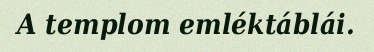
A templom emléktáblái.